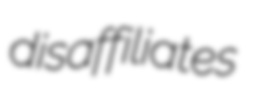
disaffiliates